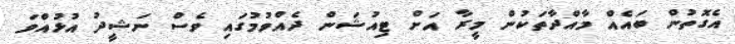
އެގޮތުން ބައެއް މާއްދާތަކުން މީރާ އަށް ޓިއުޝަން ދެއްވުމުގައި ވެސް ނަޝީދު އުޅުއްވަ